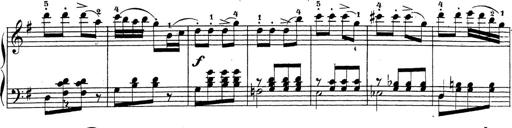
Title: 4 Sonatinas
Composer: Jacob Schmitt